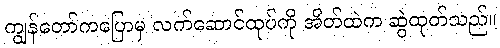
ကျွန်တော်ကပြောမှ လက်ဆောင်ထုပ်ကို အိတ်ထဲက ဆွဲထုတ်သည်။